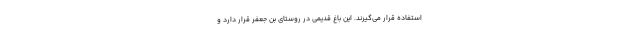
استفاده قرار می‌گیرند. این باغ قدیمی در روستای بن جعفر قرار دارد و